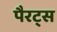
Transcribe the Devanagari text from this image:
पैरट्स